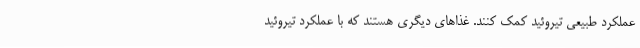
عملکرد طبیعی تیروئید کمک کنند. غذاهای دیگری هستند که با عملکرد تیروئید